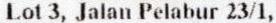
LOT 3, JALAN PELABUR 23/1,